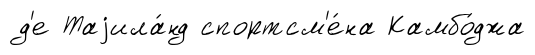
д'е Таjила́нд спортсм'е́на Камбо́джа